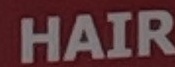
HAIR